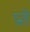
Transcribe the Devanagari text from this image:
प्रते